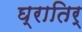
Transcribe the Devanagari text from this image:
घ्रातिर्